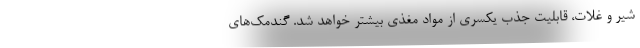
شیر و غلات، قابلیت جذب یکسری از مواد مغذی بیشتر خواهد شد. گندمک‌های